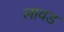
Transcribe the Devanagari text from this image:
लावड